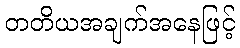
တတိယအချက်အနေဖြင့်